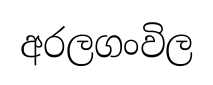
අරලගංවිල